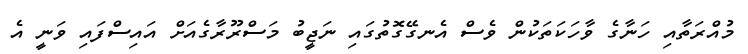
މުއްރަތާއި ހަނާގެ ވާހަކަތަކުން ވެސް އެނގޭގޮތުގައި ނަޖީބު މަސްރޫރާގެއަށް އައިސްފައި ވަނީ އެ